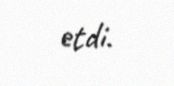
etdi.